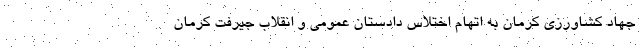
جهاد کشاورزی کرمان به اتهام اختلاس دادستان عمومی و انقلاب جیرفت کرمان